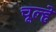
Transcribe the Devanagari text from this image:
चूल्‍हे